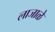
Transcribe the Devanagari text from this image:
लाजाळे